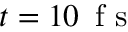
t = 1 0 \, \mathrm { ~ f ~ s ~ }